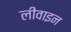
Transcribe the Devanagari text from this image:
लीवाइन